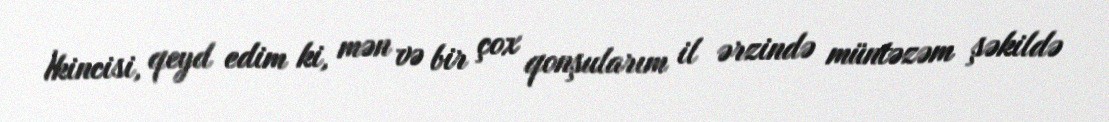
İkincisi, qeyd edim ki, mən və bir çox qonşularım il ərzində müntəzəm şəkildə